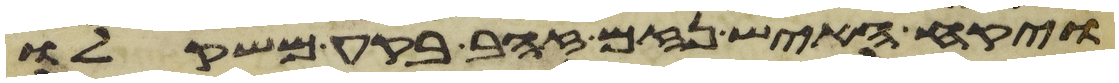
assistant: ויקח האיש נזם זהב בקע משקלו